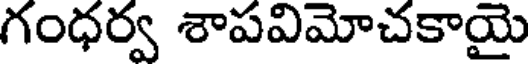
గంధర్వ శాపవిమోచకాయై